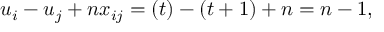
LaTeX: u _ { i } - u _ { j } + n x _ { i j } = ( t ) - ( t + 1 ) + n = n - 1 ,